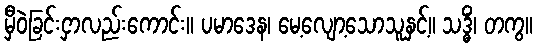
မှီဝဲခြင်းငှာလည်းကောင်း။ ပမာဒေန၊ မေ့လျော့သောသူနှင့်။ သဒ္ဓိံ၊ တကွ။